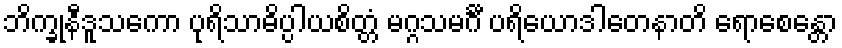
ဘိက္ခုနီဒူသကော ပုရိသာဓိပ္ပါယစိတ္တံ မဂ္ဂသမင်္ဂီ ပရိယောဒါတေနာတိ ရောစေန္တော